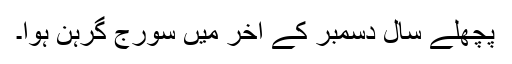
پچھلے سال دسمبر کے آخر میں سورج گرہن ہوا۔